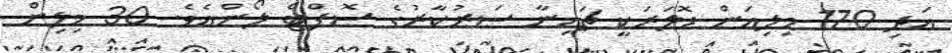
އަދި 170 މިލިއަން ޑޮލަރަކީ ޗައިނާ ސަރުކާރުގެ ސޮފްޓް ލޯންއެވެ. 30 މިލިން